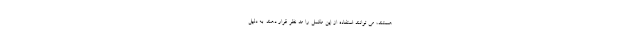
هستند، می توانند استفاده از این مکمل را مد نظر قرار دهند. به دلیل